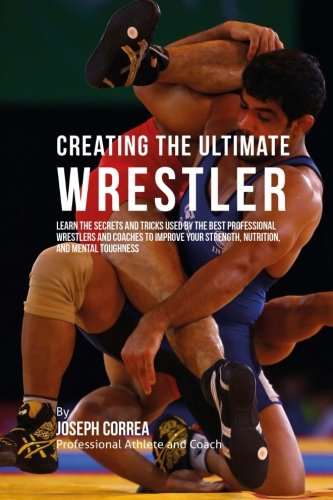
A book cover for Creating the Ultimate Wrestler: Learn the Secrets and Tricks Used by the Best Professional Wrestlers and Coaches to Improve Your Strength, Nutrition, and Mental Toughness; Joseph Correa (Professional Athlete and Coach); Sports & Outdoors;